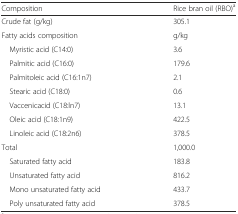
<table><thead><tr><td><b>Composition</b></td><td><b>Rice bran oil (RBO)<sup>a</sup></b></td></tr></thead><tbody><tr><td>Crude fat (g/kg)</td><td>305.1</td></tr><tr><td>Fatty acids composition</td><td>g/kg</td></tr><tr><td> Myristic acid (C14:0)</td><td>3.6</td></tr><tr><td> Palmitic acid (C16:0)</td><td>179.6</td></tr><tr><td> Palmitoleic acid (C16:1n7)</td><td>2.1</td></tr><tr><td> Stearic acid (C18:0)</td><td>0.6</td></tr><tr><td> Vaccenicacid (C18:ln7)</td><td>13.1</td></tr><tr><td> Oleic acid (C18:1n9)</td><td>422.5</td></tr><tr><td> Linoleic acid (C18:2n6)</td><td>378.5</td></tr><tr><td>Total</td><td>1,000.0</td></tr><tr><td> Saturated fatty acid</td><td>183.8</td></tr><tr><td> Unsaturated fatty acid</td><td>816.2</td></tr><tr><td> Mono unsaturated fatty acid</td><td>433.7</td></tr><tr><td> Poly unsaturated fatty acid</td><td>378.5</td></tr></tbody></table>